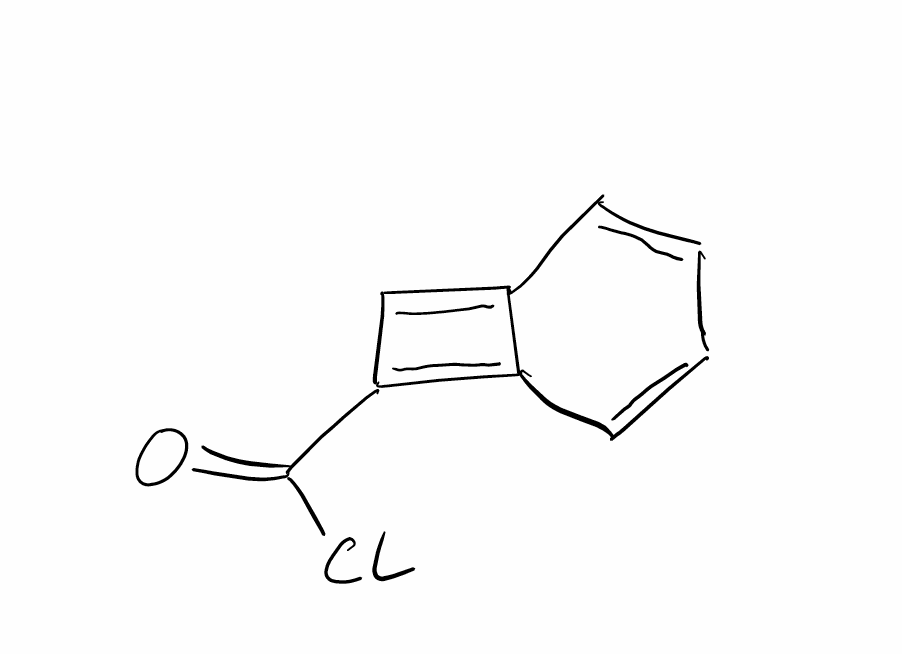
Simplified molecular-input line-entry system (SMILES) notation of the given molecule:
C1=CC2=CC(=C2C=C1)C(=O)Cl